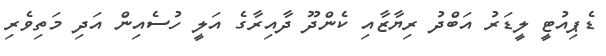
ޑެޕިއުޓީ ލީޑަރު އަބްދު ރިޔާޒާއި ކެންދޫ ދާއިރާގެ އަލީ ހުސެއިން އަދި މަތިވެރި